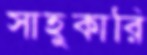
সাহুকারি